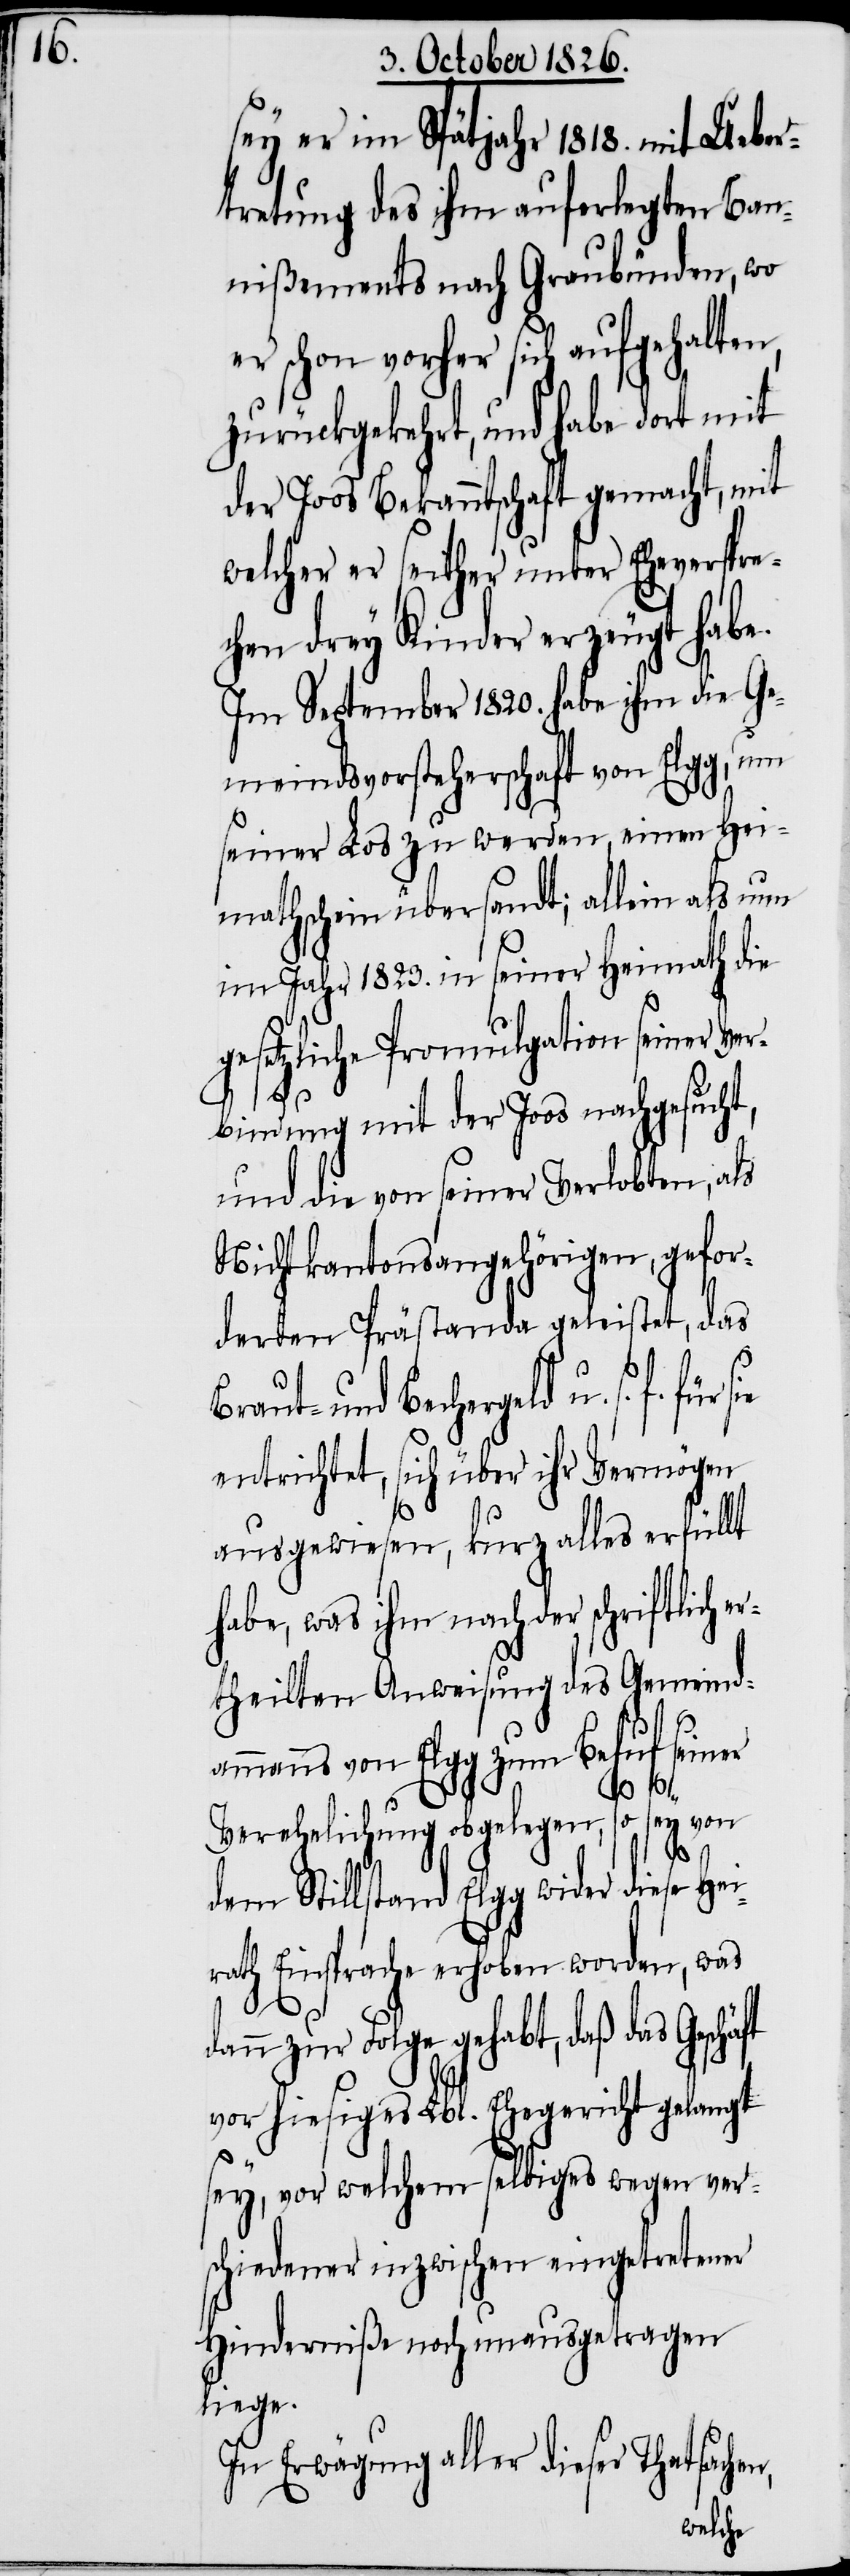
sey er im Spätjahr 1818. mit Ueber¬
tretung des ihm auferlegten Ban¬
nißements nach Graubünden, wo
vorher sich aufgehalte¬
zurückgekehrt, und habe dort mit
der Joos Bekanntschaft gemacht, mit
welcher er seither unter Eheverspre¬
chen drey Kinder erzeugt habe.
Im September 1820. habe ihm die Ge¬
meindsvorsteherschaft von Elgg, um
seiner Los zu werden, einen Hei¬
mathschein übersandt; allein als nun
im Jahr 1823. in seiner Heimath die
gesetzliche Promulgation seiner Ver¬
bindung mit der Joos nachgesucht,
und die von seiner Verlobten, als
Nichtkantonsangehörigen, gefor¬
derten Prästande geleistet, das
Braut- und Bechergeld u. s. f.
entrichtet, sich über ihr Vermögen
ausgewiesen, kurz alles erfüllt
habe, was ihm nach der schriftlich e¬
rtheilten Anweisung des Gemeind¬
ammanns von Elgg zum Behuf seiner
dan¬
Verehelichung obgelegen, so sey von
n,
dem Stillstand Elgg wider diese Hei¬
rath Einsprache erhoben worden, was
n zur Folge gehabt, daß das
vor hiesiges Lbl. Ehegericht gelangt
sey, vor welchem selbiges wegen ver¬
schiedener inzwischen eingetretener
Hinderniße noch unausgetragen
liege.
In Erwägung aller dieser Thatsache¬